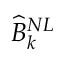
\widehat { B } _ { k } ^ { N L }